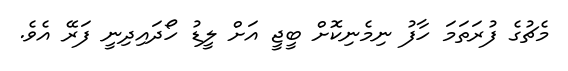
މެޗުގެ ފުރަތަމަ ހާފު ނިމެނިކޮށް ބީޖީ އަށް ލީޑު ހޯދައިދިނީ ފަރޭ އެވެ.